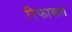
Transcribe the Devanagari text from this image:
रिफाकत